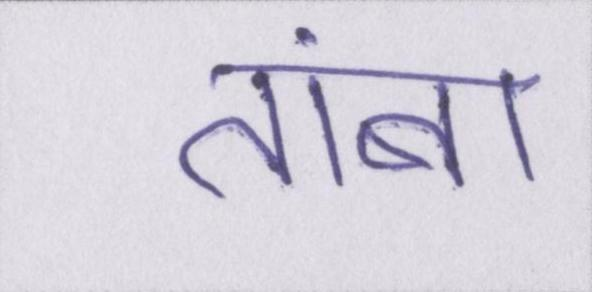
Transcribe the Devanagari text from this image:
तांबा